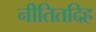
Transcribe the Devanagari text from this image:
नीतितदिह